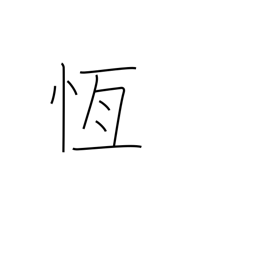
Meaning: persistent